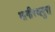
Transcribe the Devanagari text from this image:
भागीरथपुरा